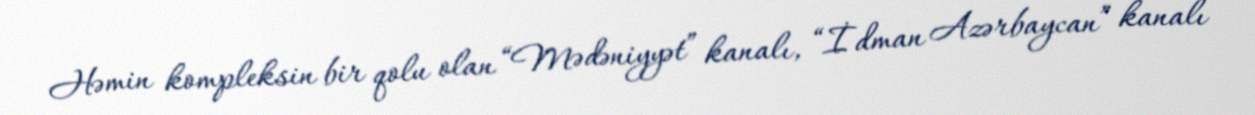
Həmin kompleksin bir qolu olan “Mədəniyyət” kanalı, “İdman Azərbaycan” kanalı